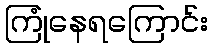
ကြုံနေရကြောင်း